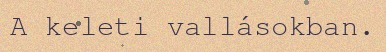
A keleti vallásokban.